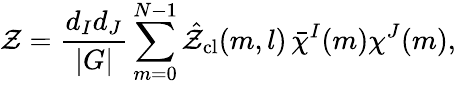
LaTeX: {\cal Z}=\frac{d_{I}d_{J}}{|G|}\sum_{m=0}^{N-1}\hat{\cal Z}_{\mathrm{cl}}(m,l)\thinspace\bar{\chi}^{I}(m)\chi^{J}(m),